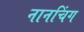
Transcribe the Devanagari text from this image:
नानचिंग